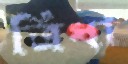
ত্রিধা